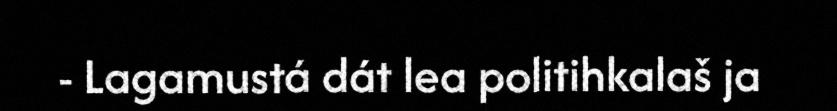
- Lagamustá dát lea politihkalaš ja